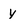
Character: Y